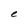
Character: e